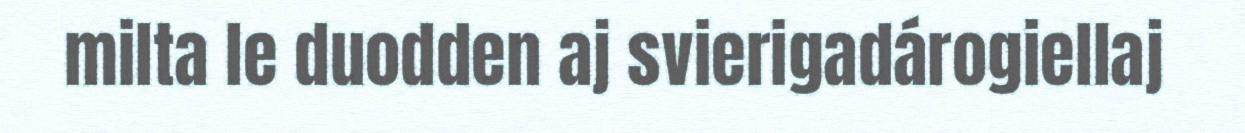
milta le duodden aj svierigadárogiellaj